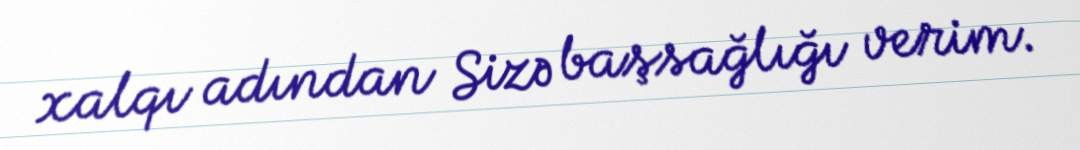
xalqı adından Sizə başsağlığı verim.